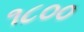
૧૮૦૦